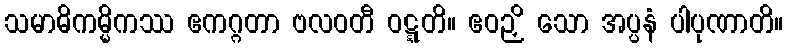
သမာဓိကမ္မိကဿ ဧကဂ္ဂတာ ဗလဝတီ ဝဋ္ဋတိ။ ဧဝဉှိ သော အပ္ပနံ ပါပုဏာတိ။